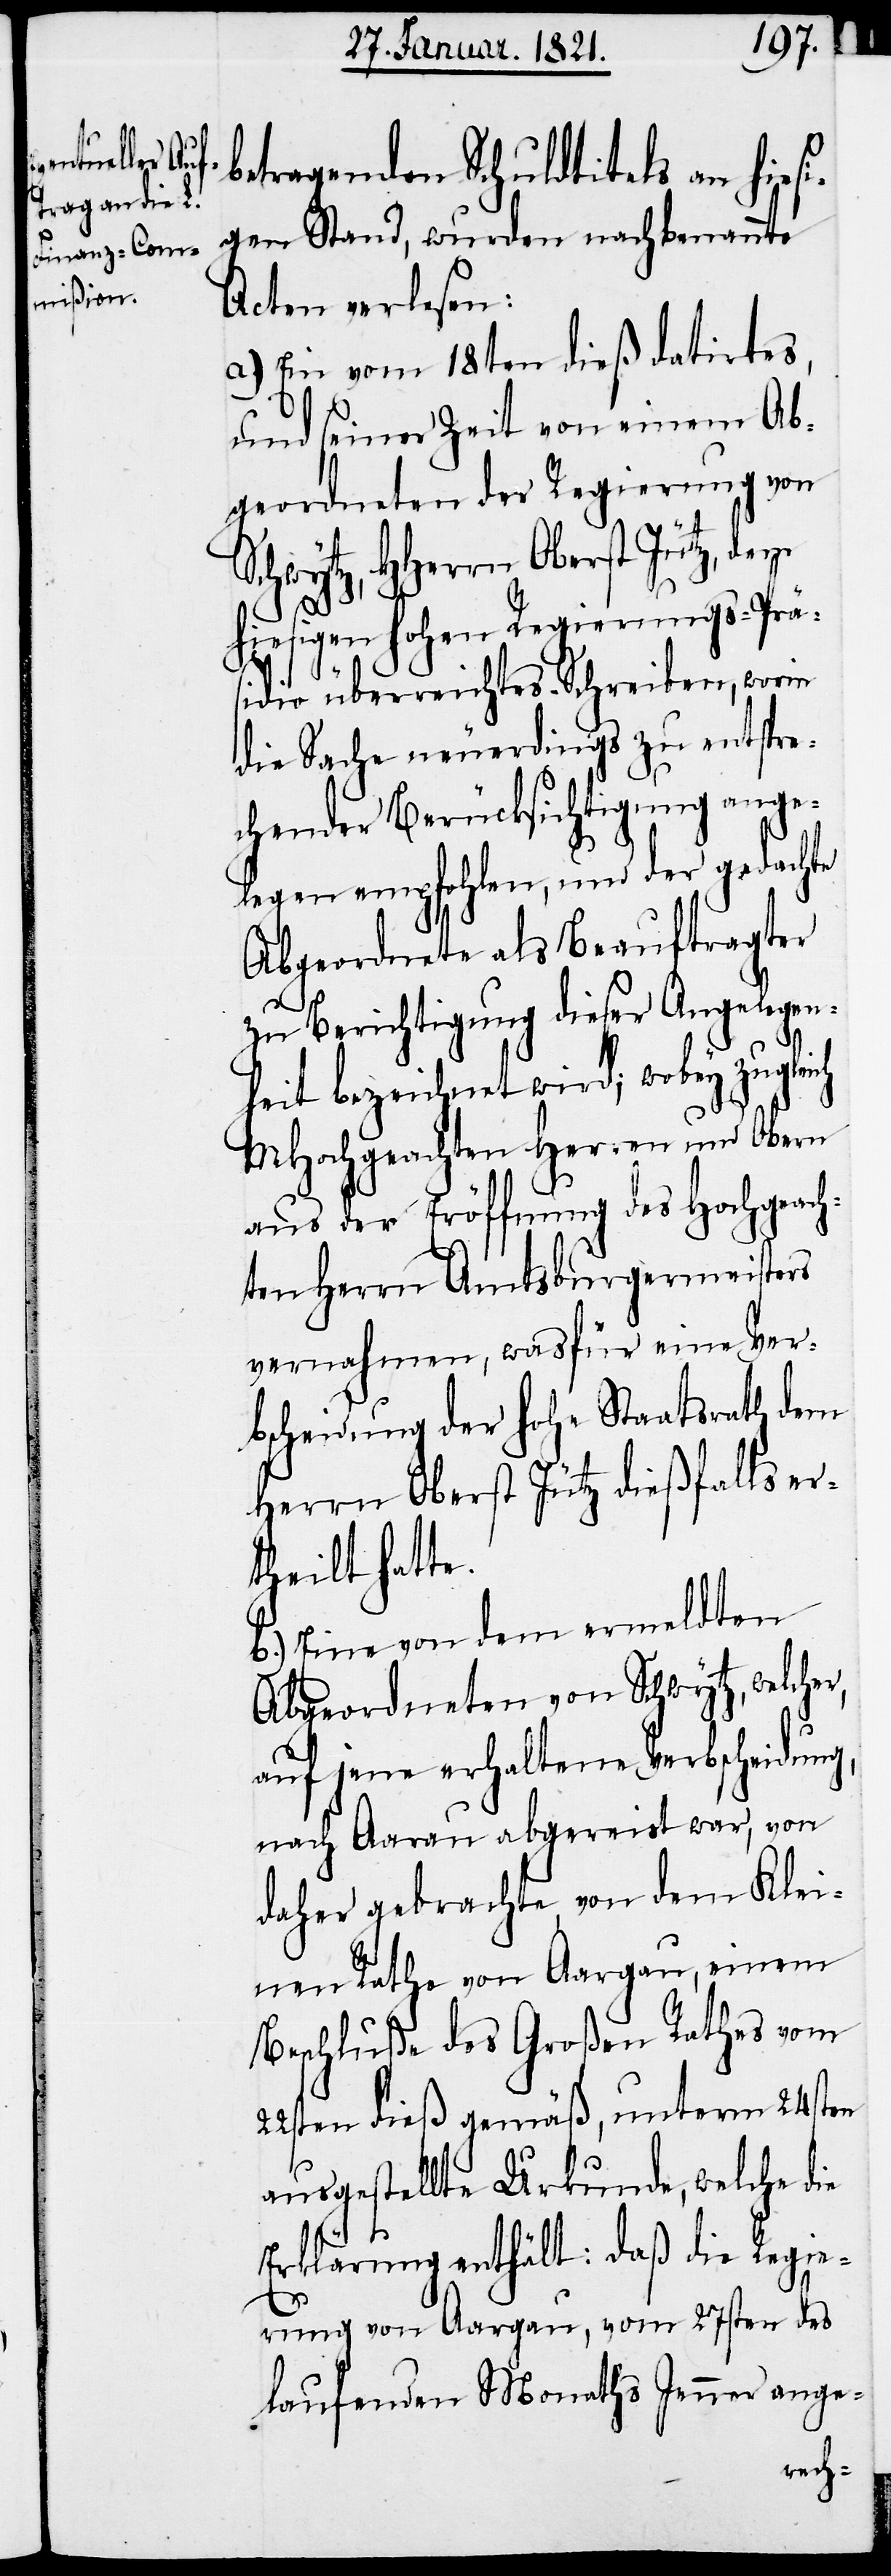
betragenden Schuldtitels an hies¬
igen Stand, wurden nachbenannte
Acten verlesen:
a.) Ein vom 18ten dieß datirtes,
und seiner Zeit von einem Ab¬
geordneten der Regierung von
Schwytz, HHerrn Oberst Jütz, dem
hiesigen hohen Regierungs-Prä¬
sidio übermachtes Schreiben, worin
die Sache neuerdings zu entspre¬
chender Berücksichtigung ange¬
legen empfohlen, und der gedachte
Abgeordnete als Beauftragter
zu Berichtigung dieser Angelegen¬
heit bezeichnet wird; wobey zugl¬
MHochgeachten Herren und Obern
aus der Eröffnung des Hochgeach¬
ten Herrn Amtsburgermeisters
vernahmen, wasfür eine Ver¬
bscheidung der hohe Staatsrath dem
Herrn Oberst Jütz dießfalls er¬
theilt hatte.
b.) Eine von dem ermeldten
Abgeordneten von Schwytz, welcher,
auf jene erhaltene Verbscheidung,
nach Aarau abgereist war, von
daher gebrachte, von dem Klei¬
nen Rathe von Aargau, einem
Beschluße des Großen Rathes vom
22sten dieß gemäß, unterm 24sten
ausgestellte Urkunde, welche die
Erklärung enthält: daß die Regie¬
rung von Aargau, vom 27sten des
laufenden Monaths Jenner ange-
eich